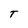
Character: T